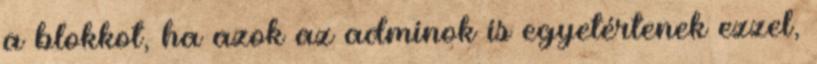
a blokkot, ha azok az adminok is egyetértenek ezzel,